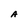
Character: A